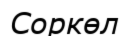
Соркөл